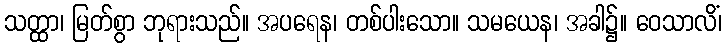
သတ္ထာ၊ မြတ်စွာ ဘုရားသည်။ အပရေန၊ တစ်ပါးသော။ သမယေန၊ အခါ၌။ ဝေသာလိံ၊